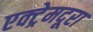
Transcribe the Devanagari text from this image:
एक्ट्रेमदूरा